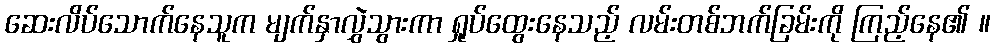
ဆေးလိပ်သောက်နေသူက မျက်နှာလွှဲသွားကာ ရှုပ်ထွေးနေသည့် လမ်းတစ်ဘက်ခြမ်းကို ကြည့်နေ၏ ။